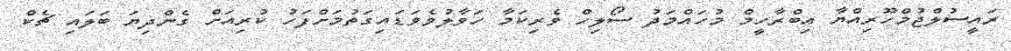
ރައީސުލްޖުމްހޫރިއްޔާ އިބްރާހީމް މުހައްމަދު ސޯލިހް ވެރިކަމާ ހަވާލުވެވަޑައިގަތުމަށްފަހު ކުރިއަށް ގެންދިޔަ ބަލައި ޗެކް